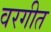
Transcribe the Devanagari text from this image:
वरगीत